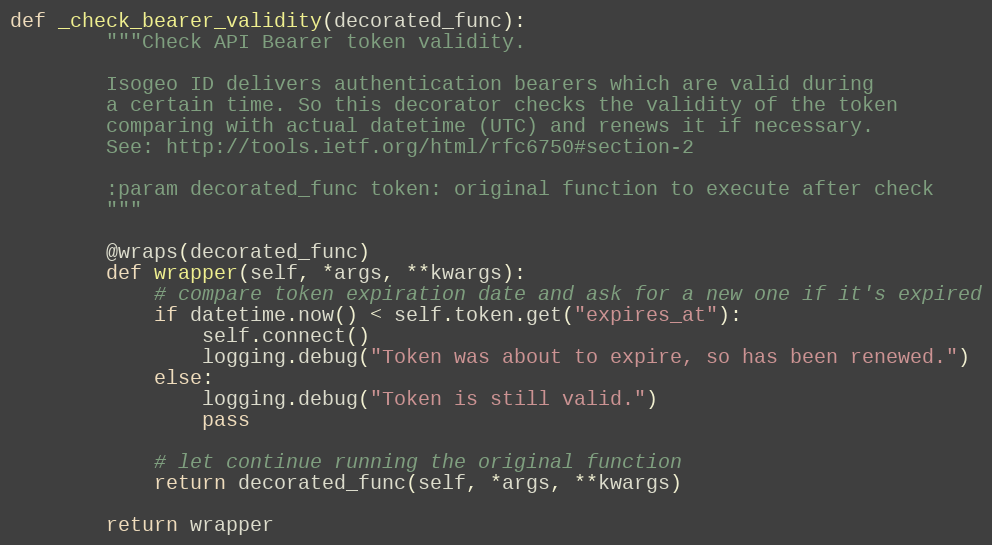
Language: Python
def _check_bearer_validity(decorated_func):
        """Check API Bearer token validity.

        Isogeo ID delivers authentication bearers which are valid during
        a certain time. So this decorator checks the validity of the token
        comparing with actual datetime (UTC) and renews it if necessary.
        See: http://tools.ietf.org/html/rfc6750#section-2

        :param decorated_func token: original function to execute after check
        """

        @wraps(decorated_func)
        def wrapper(self, *args, **kwargs):
            # compare token expiration date and ask for a new one if it's expired
            if datetime.now() < self.token.get("expires_at"):
                self.connect()
                logging.debug("Token was about to expire, so has been renewed.")
            else:
                logging.debug("Token is still valid.")
                pass

            # let continue running the original function
            return decorated_func(self, *args, **kwargs)

        return wrapper